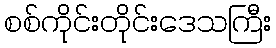
စစ်ကိုင်းတိုင်းဒေသကြီး